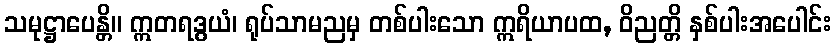
သမုဋ္ဌာပေန္တိ။ ဣတရဒွယံ၊ ရုပ်သာမညမှ တစ်ပါးသော ဣရိယာပထ, ဝိညတ္တိ နှစ်ပါးအပေါင်း